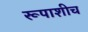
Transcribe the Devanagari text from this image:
रूपाशीच